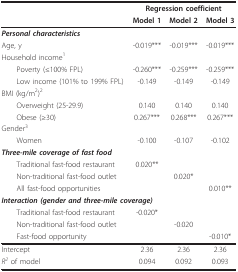
|  | <COLSPAN=3> Regression coefficient |
 |  | Model 1 | Model 2 | Model 3 |
 | --- | --- | --- | --- |
 | Personal characteristics |  |  |  |
 | Age, y | -0.019*** | -0.019*** | -0.019*** |
 | Household income1 |  |  |  |
 | Poverty (≤100% FPL) | -0.260*** | -0.259*** | -0.259*** |
 | Low income (101% to 199% FPL) | -0.149 | -0.149 | -0.149 |
 | BMI (kg/m2)2 |  |  |  |
 | Overweight (25-29.9) | 0.140 | 0.140 | 0.140 |
 | Obese (≥30) | 0.267*** | 0.268*** | 0.267*** |
 | Gender3 |  |  |  |
 | Women | -0.100 | -0.107 | -0.102 |
 | Three-mile coverage of fast food |  |  |  |
 | Traditional fast-food restaurant | 0.020** |  |  |
 | Non-traditional fast-food outlet |  | 0.020* |  |
 | All fast-food opportunities |  |  | 0.010** |
 | <COLSPAN=2> Interaction (gender and three-mile coverage) |  |  |
 | Traditional fast-food restaurant | -0.020* |  |  |
 | Non-traditional fast-food outlet |  | -0.020 |  |
 | Fast-food opportunity |  |  | -0.010* |
 | Intercept | 2.36 | 2.36 | 2.36 |
 | R2 of model | 0.094 | 0.092 | 0.093 |